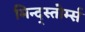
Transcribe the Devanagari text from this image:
मिन्द्स्तोर्म्स